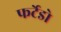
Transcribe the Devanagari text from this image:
फर्टेडो